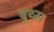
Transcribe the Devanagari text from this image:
बूथ्स